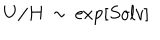
LaTeX: U / H \, \sim \, \exp \left[ S o l v \right]